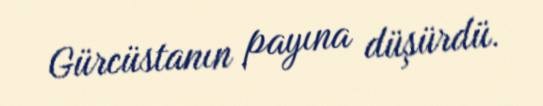
Gürcüstanın payına düşürdü.